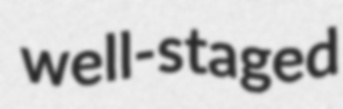
well-staged